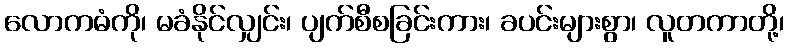
လောကဓံကို၊ မခံနိုင်လျှင်း၊ ပျက်စီစခြင်းကား၊ ခပင်းများစွာ၊ လူတကာတို့၊